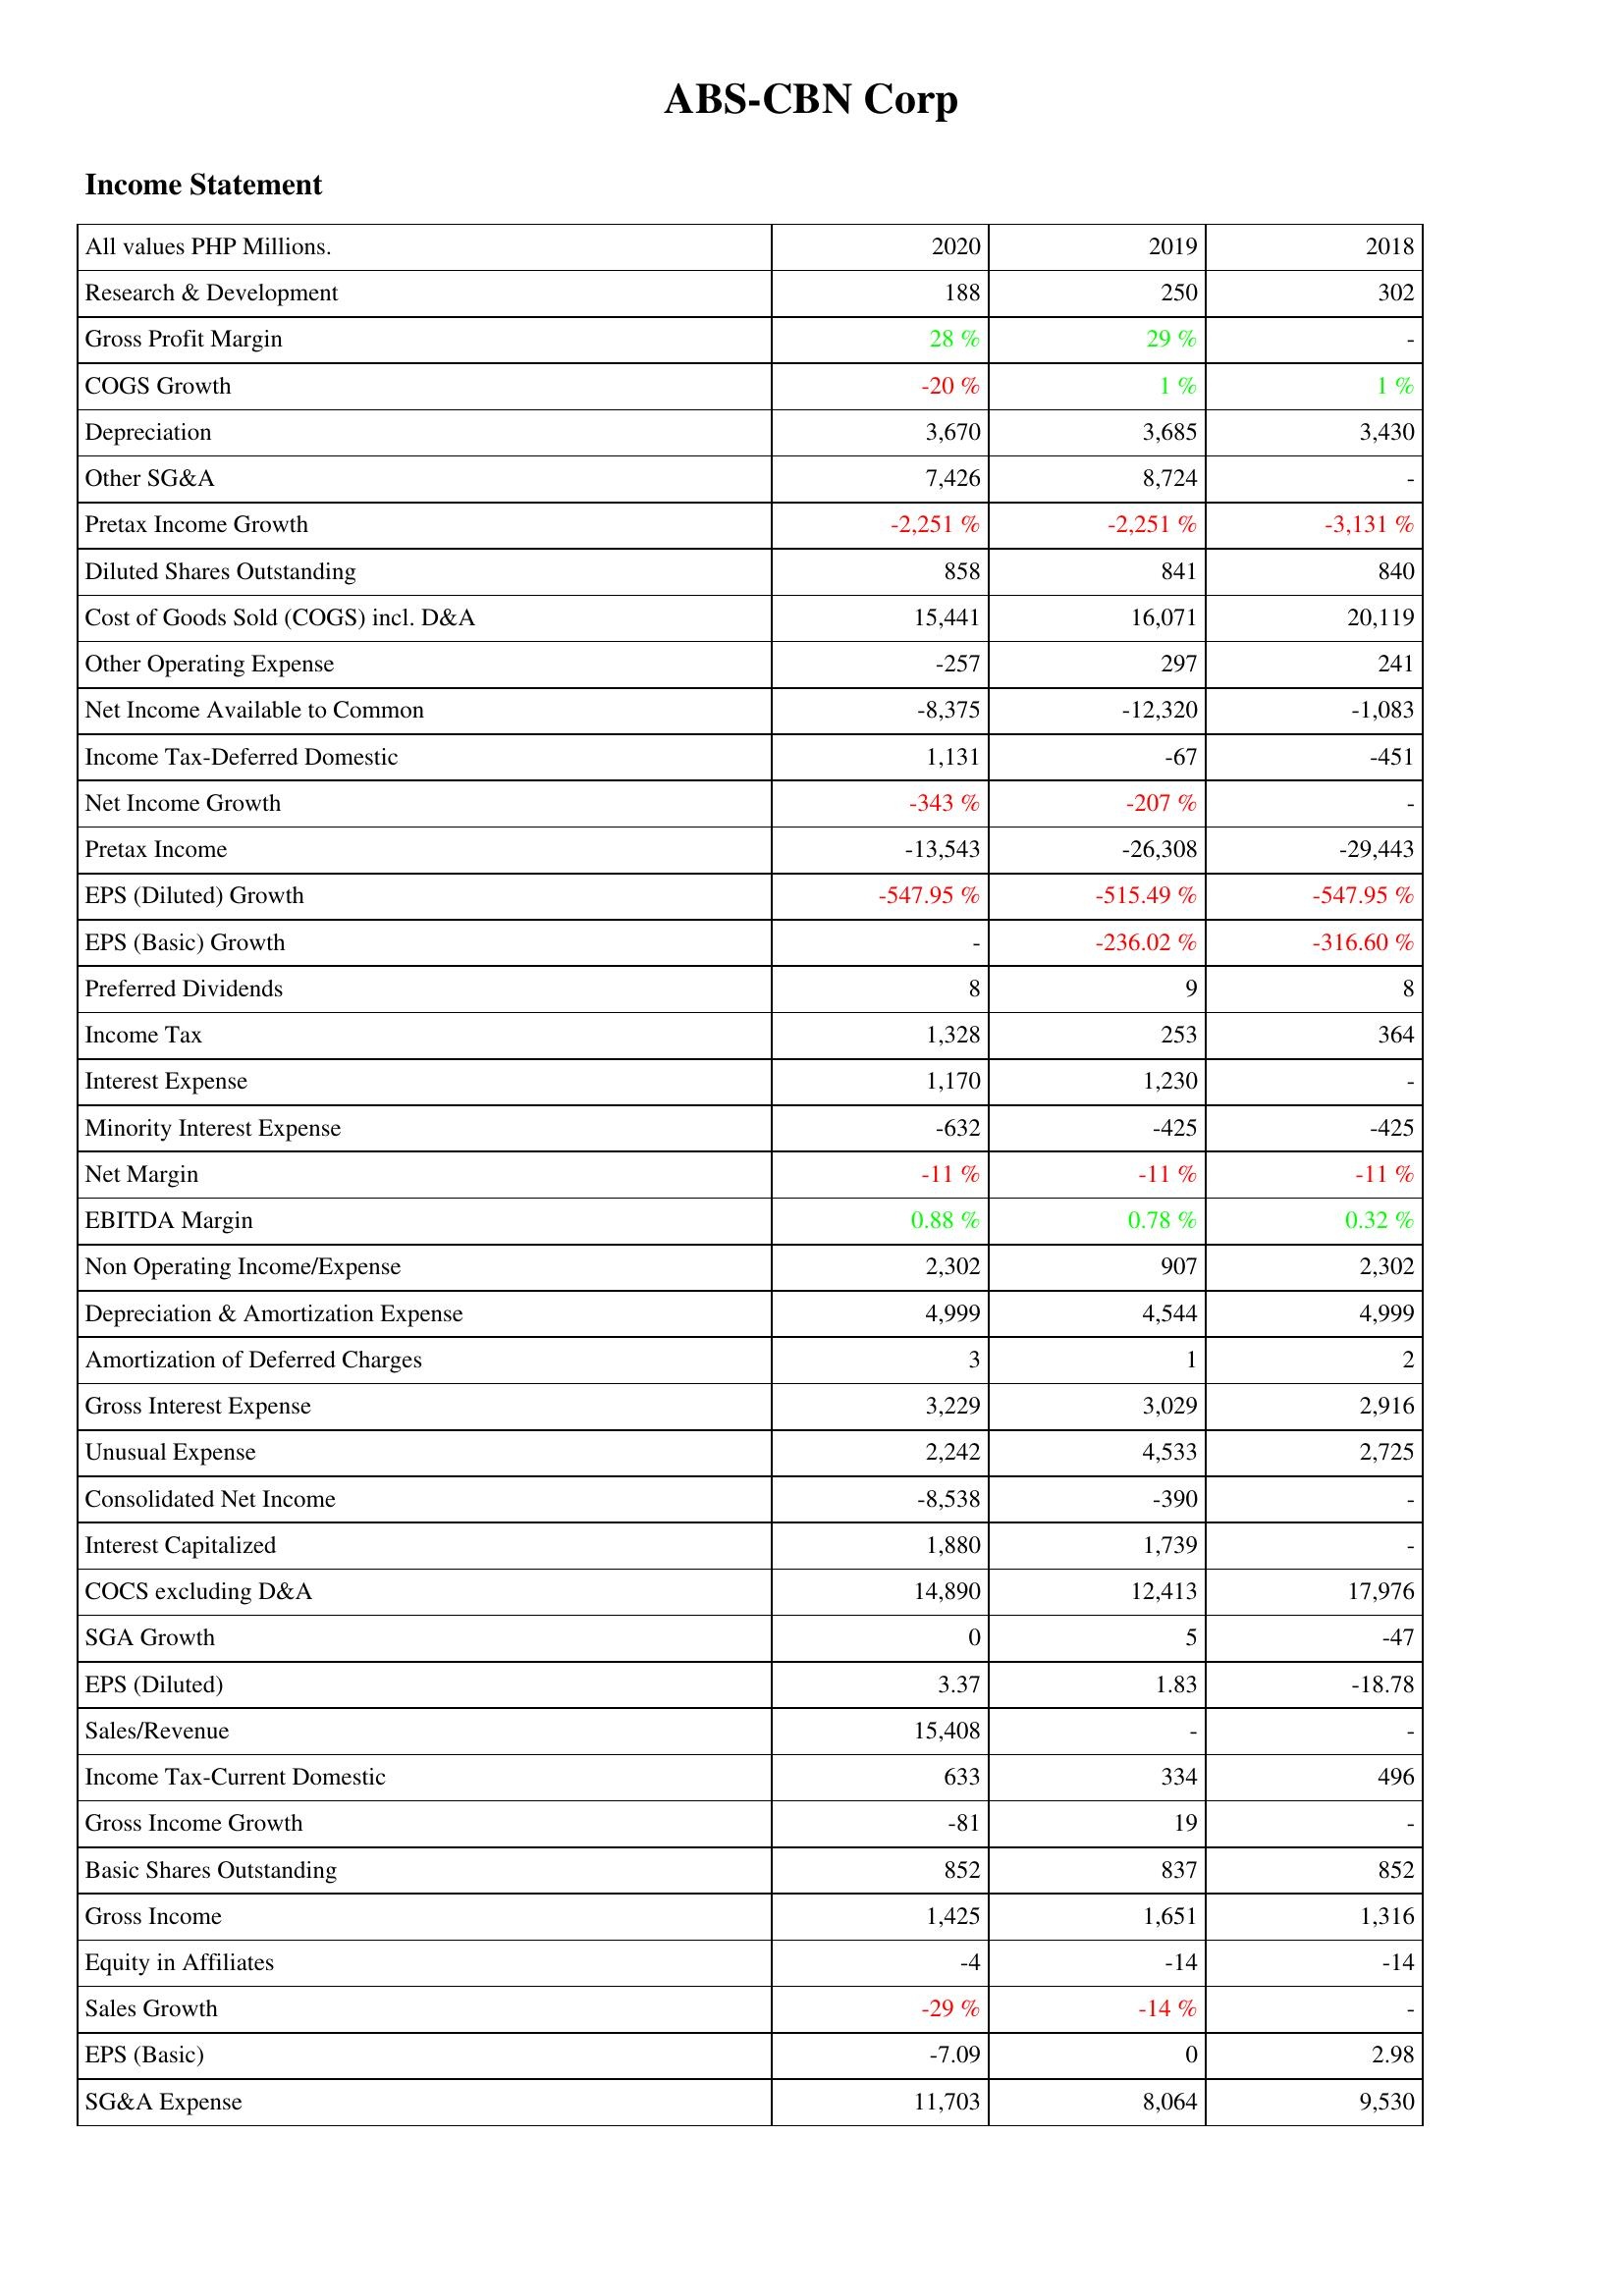
2020: Income Statement: Research & Development: 188
Gross Profit Margin: 28 %
COGS Growth: -20 %
Depreciation: 3,670
Other SG&A: 7,426
Pretax Income Growth: -2,251 %
Diluted Shares Outstanding: 858
Cost of Goods Sold (COGS) incl. D&A: 15,441
Other Operating Expense: -257
Net Income Available to Common: -8,375
Income Tax-Deferred Domestic: 1,131
Net Income Growth: -343 %
Pretax Income: -13,543
EPS (Diluted) Growth: -547.95 %
EPS (Basic) Growth: -
Preferred Dividends: 8
Income Tax: 1,328
Interest Expense: 1,170
Minority Interest Expense: -632
Net Margin: -11 %
EBITDA Margin: 0.88 %
Non Operating Income/Expense: 2,302
Depreciation & Amortization Expense: 4,999
Amortization of Deferred Charges: 3
Gross Interest Expense: 3,229
Unusual Expense: 2,242
Consolidated Net Income: -8,538
Interest Capitalized: 1,880
COCS excluding D&A: 14,890
SGA Growth: 0
EPS (Diluted): 3.37
Sales/Revenue: 15,408
Income Tax-Current Domestic: 633
Gross Income Growth: -81
Basic Shares Outstanding: 852
Gross Income: 1,425
Equity in Affiliates: -4
Sales Growth: -29 %
EPS (Basic): -7.09
SG&A Expense: 11,703
2019: Income Statement: Research & Development: 250
Gross Profit Margin: 29 %
COGS Growth: 1 %
Depreciation: 3,685
Other SG&A: 8,724
Pretax Income Growth: -2,251 %
Diluted Shares Outstanding: 841
Cost of Goods Sold (COGS) incl. D&A: 16,071
Other Operating Expense: 297
Net Income Available to Common: -12,320
Income Tax-Deferred Domestic: -67
Net Income Growth: -207 %
Pretax Income: -26,308
EPS (Diluted) Growth: -515.49 %
EPS (Basic) Growth: -236.02 %
Preferred Dividends: 9
Income Tax: 253
Interest Expense: 1,230
Minority Interest Expense: -425
Net Margin: -11 %
EBITDA Margin: 0.78 %
Non Operating Income/Expense: 907
Depreciation & Amortization Expense: 4,544
Amortization of Deferred Charges: 1
Gross Interest Expense: 3,029
Unusual Expense: 4,533
Consolidated Net Income: -390
Interest Capitalized: 1,739
COCS excluding D&A: 12,413
SGA Growth: 5
EPS (Diluted): 1.83
Sales/Revenue: -
Income Tax-Current Domestic: 334
Gross Income Growth: 19
Basic Shares Outstanding: 837
Gross Income: 1,651
Equity in Affiliates: -14
Sales Growth: -14 %
EPS (Basic): 0
SG&A Expense: 8,064
2018: Income Statement: Research & Development: 302
Gross Profit Margin: -
COGS Growth: 1 %
Depreciation: 3,430
Other SG&A: -
Pretax Income Growth: -3,131 %
Diluted Shares Outstanding: 840
Cost of Goods Sold (COGS) incl. D&A: 20,119
Other Operating Expense: 241
Net Income Available to Common: -1,083
Income Tax-Deferred Domestic: -451
Net Income Growth: -
Pretax Income: -29,443
EPS (Diluted) Growth: -547.95 %
EPS (Basic) Growth: -316.60 %
Preferred Dividends: 8
Income Tax: 364
Interest Expense: -
Minority Interest Expense: -425
Net Margin: -11 %
EBITDA Margin: 0.32 %
Non Operating Income/Expense: 2,302
Depreciation & Amortization Expense: 4,999
Amortization of Deferred Charges: 2
Gross Interest Expense: 2,916
Unusual Expense: 2,725
Consolidated Net Income: -
Interest Capitalized: -
COCS excluding D&A: 17,976
SGA Growth: -47
EPS (Diluted): -18.78
Sales/Revenue: -
Income Tax-Current Domestic: 496
Gross Income Growth: -
Basic Shares Outstanding: 852
Gross Income: 1,316
Equity in Affiliates: -14
Sales Growth: -
EPS (Basic): 2.98
SG&A Expense: 9,530